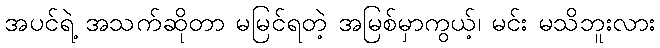
အပင်ရဲ့ အသက်ဆိုတာ မမြင်ရတဲ့ အမြစ်မှာကွယ့်၊ မင်း မသိဘူးလား